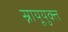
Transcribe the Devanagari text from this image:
स्नायूयुक्त